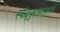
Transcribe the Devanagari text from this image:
स्कंदपुराणामध्ये